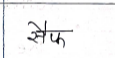
मजकूर: सैफ